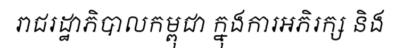
រាជរដ្ឋាភិបាលកម្ពុជា ក្នុងការអភិរក្ស និង